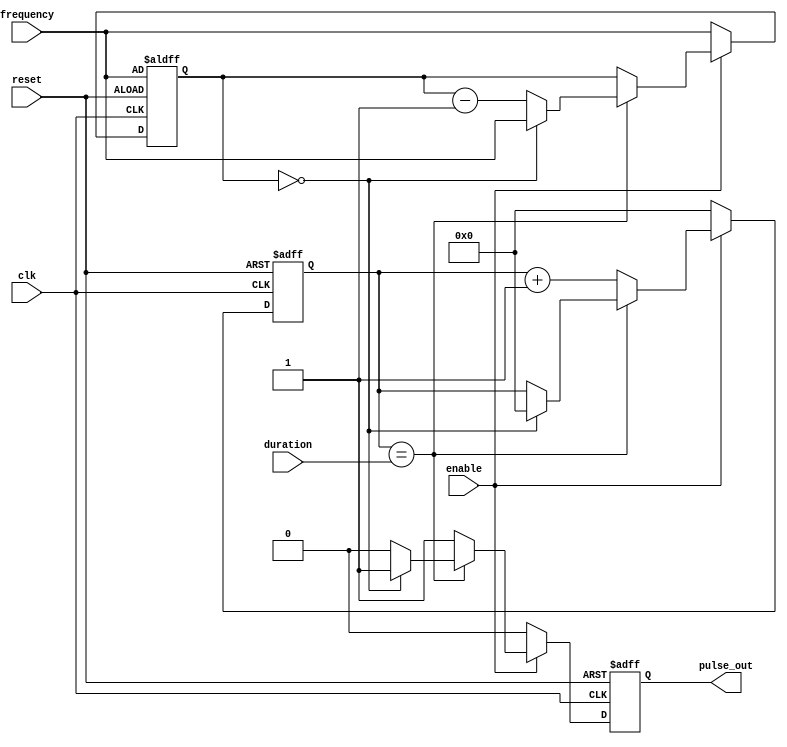
module VariableFrequencyPulseGenerator(
    input wire clk,      // Clock input
    input wire reset,    // Reset input
    input wire enable,   // Enable input
    input wire [7:0] duration,   // Duration of pulse in clock cycles
    input wire [7:0] frequency,  // Frequency of pulse in clock cycles
    output reg pulse_out    // Output pulse signal
);

reg [7:0] count;    // Counter for pulse duration
reg [7:0] count_limit;  // Counter for pulse frequency

always @(posedge clk or posedge reset) begin
    if (reset) begin
        count <= 8'b0;
        count_limit <= frequency;
        pulse_out <= 1'b0;
    end
    else if (enable) begin
        if (count == duration) begin
            pulse_out <= 1'b0;
            if (count_limit == 0) begin
                pulse_out <= 1'b1;
                count <= 8'b0;
                count_limit <= frequency;
            end
            else begin
                count_limit <= count_limit - 1;
            end
        end
        else begin
            pulse_out <= 1'b1;
            count <= count + 1;
        end
    end
    else begin
        count <= 8'b0;
        count_limit <= frequency;
        pulse_out <= 1'b0;
    end
end

endmodule